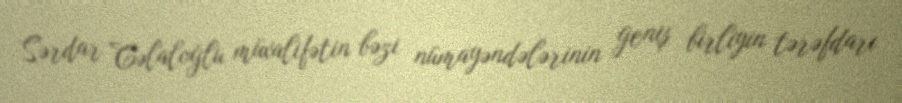
Sərdar Cəlaloğlu müxalifətin bəzi nümayəndələrinin geniş birliyin tərəfdarı